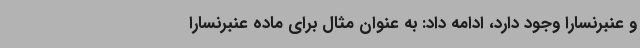
و عنبرنسارا وجود دارد، ادامه داد: به عنوان مثال برای ماده عنبرنسارا